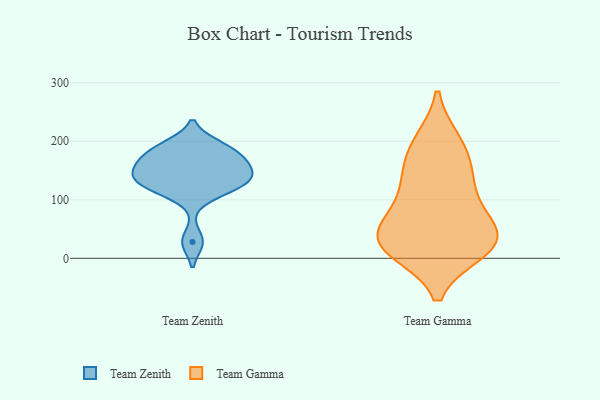
{"axis": {"x": "Net Income (USD K)", "y": "Value"}, "legend": ["Team Gamma", "Team Zenith"], "data": [{"x": "", "y": 134, "type": "Team Zenith"}, {"x": "", "y": 124, "type": "Team Zenith"}, {"x": "", "y": 171, "type": "Team Zenith"}, {"x": "", "y": 133, "type": "Team Zenith"}, {"x": "", "y": 28, "type": "Team Zenith"}, {"x": "", "y": 146, "type": "Team Zenith"}, {"x": "", "y": 154, "type": "Team Zenith"}, {"x": "", "y": 193, "type": "Team Zenith"}, {"x": "", "y": 168, "type": "Team Zenith"}, {"x": "", "y": 189, "type": "Team Zenith"}, {"x": "", "y": 112, "type": "Team Zenith"}, {"x": "", "y": 21, "type": "Team Gamma"}, {"x": "", "y": 55, "type": "Team Gamma"}, {"x": "", "y": 194, "type": "Team Gamma"}, {"x": "", "y": 146, "type": "Team Gamma"}, {"x": "", "y": 27, "type": "Team Gamma"}, {"x": "", "y": 46, "type": "Team Gamma"}, {"x": "", "y": 14, "type": "Team Gamma"}, {"x": "", "y": 199, "type": "Team Gamma"}, {"x": "", "y": 147, "type": "Team Gamma"}, {"x": "", "y": 23, "type": "Team Gamma"}, {"x": "", "y": 110, "type": "Team Gamma"}, {"x": "", "y": 87, "type": "Team Gamma"}, {"x": "", "y": 28, "type": "Team Gamma"}]}